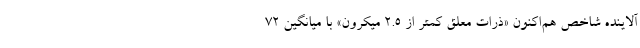
آلاینده شاخص هم‌اکنون «ذرات معلق کمتر از ۲.۵ میکرون» با میانگین ۷۲